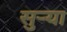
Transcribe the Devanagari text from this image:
सुर्‍या